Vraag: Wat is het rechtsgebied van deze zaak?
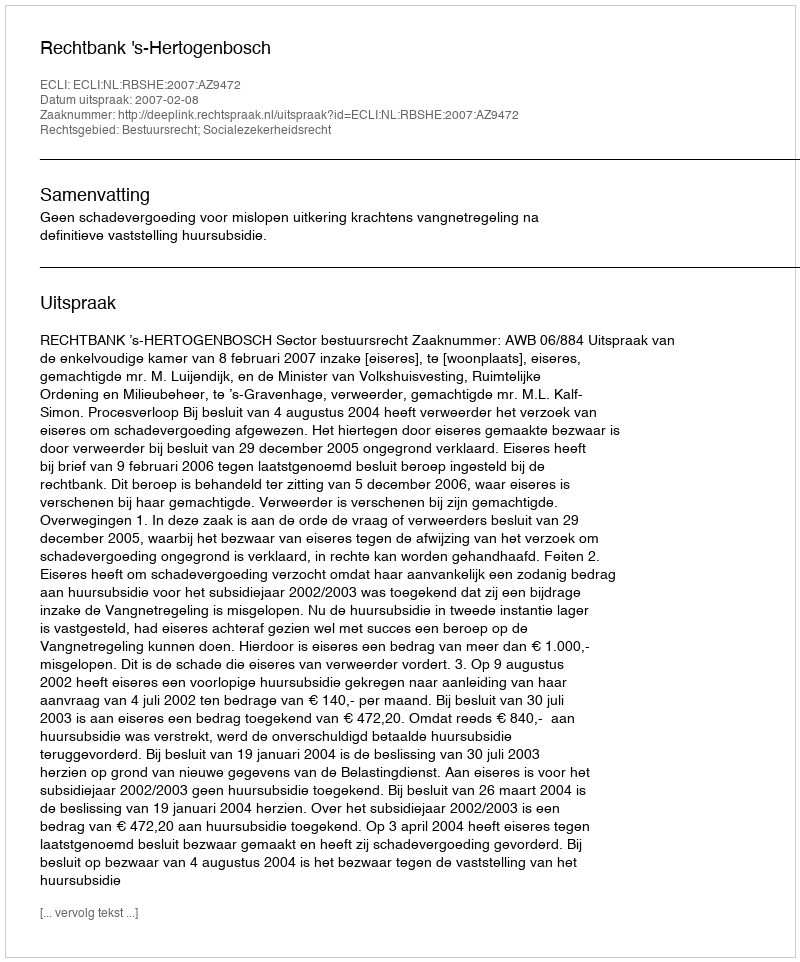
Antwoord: Bestuursrecht; Socialezekerheidsrecht